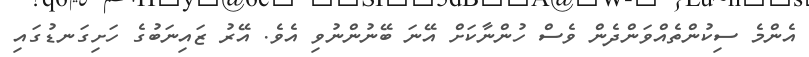
އެންމެ ސިކުންތެއްވަންދެން ވެސް ހުންނާކަށް އޭނަ ބޭނުންނުވި އެވެ. އޭރު ޒައިނަބުގެ ހަށިގަނޑުގައި